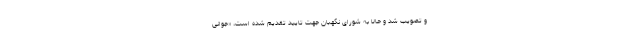
و تصویب شد و حالا به شورای نگهبان جهت تایید تقدیم شده است، «جوانی